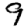
Digit: 9